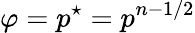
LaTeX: \varphi=p^{\star}=p^{n-1/2}